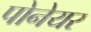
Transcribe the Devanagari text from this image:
पोनेयर